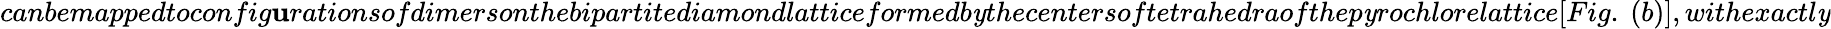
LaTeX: canbemappedtoconfig\mathbf{u}rationsofdimersonthebipartitediamondlatticeformedb\mathit{y}thecentersoftetrahedraofthep\mathit{y}rochlorelattice[Fig.~(b)],withexactl\mathit{y}